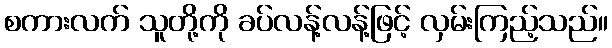
စကားလက် သူတို့ကို ခပ်လန့်လန့်ဖြင့် လှမ်းကြည့်သည်။